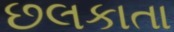
છલકાતા